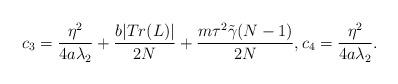
LaTeX: \begin{align*}c_3=\frac{\eta^2}{4a\lambda_2}+\frac{b | Tr(L) |}{2N}+\frac{m\tau^2\tilde{\gamma}(N-1)}{2N}, c_4=\frac{\eta^2}{4a\lambda_2}.\end{align*}